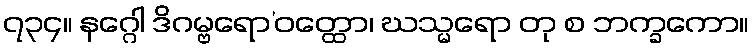
၇၃၄။ နဂ္ဂေါ ဒိဂမ္ဗရော’ဝတ္ထော၊ ဃသ္မရော တု စ ဘက္ခကော။